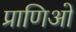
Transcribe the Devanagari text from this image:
प्राणिओं